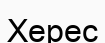
Херес